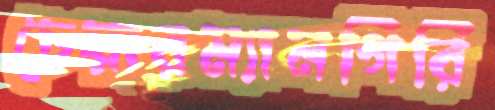
চেয়ারম্যানগিরি